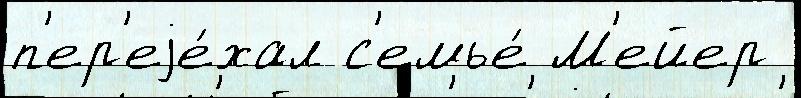
п'ер'еjе́хал с'емье́ М'ейер